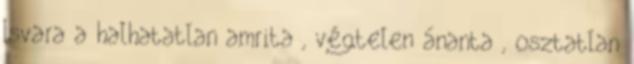
Isvara a halhatatlan amrita , végtelen ánanta , osztatlan